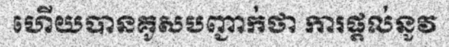
ហើយបានគូសបញ្ជាក់ថា ការផ្តល់នូវ